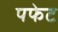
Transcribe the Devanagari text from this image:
पफेट